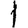
Digit: 1